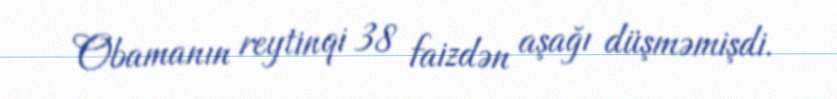
Obamanın reytinqi 38 faizdən aşağı düşməmişdi.